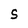
Character: S